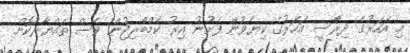
މި އަހަރުގެ ދިރާސީ އަހަރުގެ ކިޔެވުން ފެށުނު އިރު ކެމްބްރިޖުން ވެސް ތައްޔާރުކޮށް